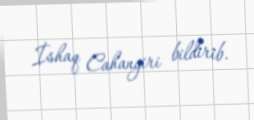
İshaq Cahangiri bildirib.